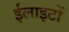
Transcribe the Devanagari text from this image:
ईलाइटों